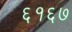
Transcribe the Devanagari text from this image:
६१६७